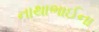
નાથાભાઈના